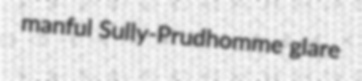
manful Sully-Prudhomme glare